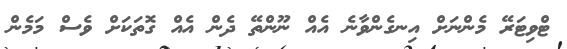
ޓްވިޓަރޭ މެންނަށް އިނގެންވާނެ އެއް ނޫންތޭ ދެން އެއް ގޮތަކަށް ވެސް މަމެން